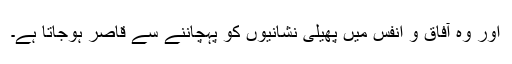
اور وہ آفاق و انفس میں پھیلی نشانیوں کو پہچاننے سے قاصر ہوجاتا ہے۔